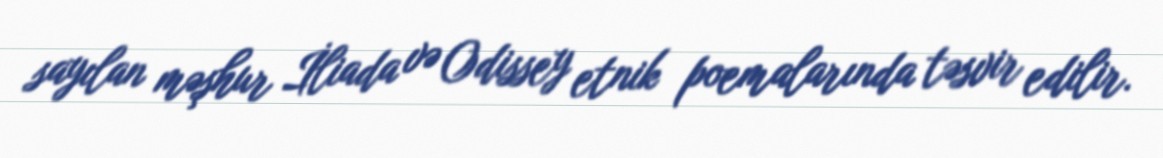
sayılan məşhur İliada və Odissey etnik poemalarında təsvir edilir.